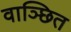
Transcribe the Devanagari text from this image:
वाञ्छित